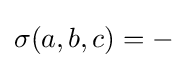
\sigma (a,b,c)=-